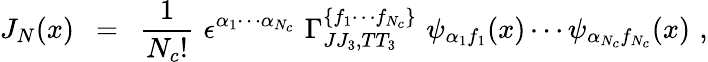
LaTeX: J_{N}(x)\ \ =\ \ \frac{1}{N_{c}!}\, \, \epsilon^{\alpha_{1}\cdots\alpha_{N_{c}}}\, \, \Gamma_{JJ_{3},TT_{3}}^{\{ f_{1}\cdots f_{N_{c}}\} }\, \, \psi_{\alpha_{1}f_{1}}(x)\cdots\psi_{\alpha_{N_{c}}f_{N_{c}}}(x)\, \, ,